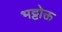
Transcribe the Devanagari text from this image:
भट्टोक्त